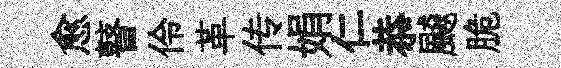
愈瞽伶革传娟仁恭飇脆